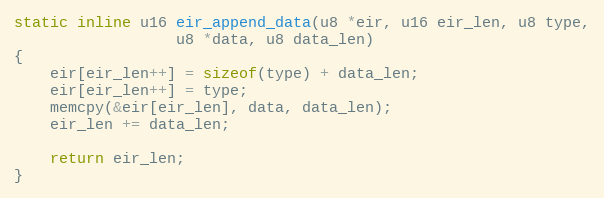
Language: C
static inline u16 eir_append_data(u8 *eir, u16 eir_len, u8 type,
				  u8 *data, u8 data_len)
{
	eir[eir_len++] = sizeof(type) + data_len;
	eir[eir_len++] = type;
	memcpy(&eir[eir_len], data, data_len);
	eir_len += data_len;

	return eir_len;
}